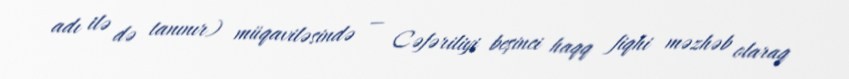
adı ilə də tanınır) müqaviləsində — Cəfəriliyi beşinci haqq fiqhi məzhəb olaraq